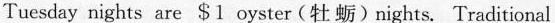
Tuesday nignts are $1 oyster(牡蛎)nights. Traditional